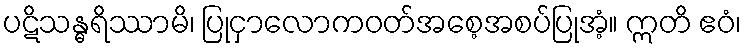
ပဋိသန္ဓရိဿာမိ၊ ပြုငှာလောကဝတ်အစေ့အစပ်ပြုအံ့။ ဣတိ ဧဝံ၊